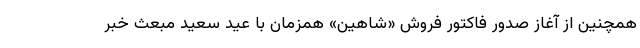
همچنین از آغاز صدور فاکتور فروش «شاهین» همزمان با عید سعید مبعث خبر